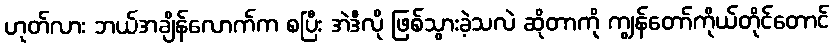
ဟုတ်လား ဘယ်အချိန်လောက်က စပြီး အဲဒီလို ဖြစ်သွားခဲ့သလဲ ဆိုတာကို ကျွန်တော်ကိုယ်တိုင်တောင်